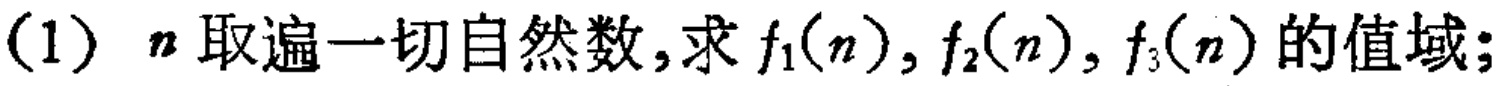
(1) \(n\)取遍一切自然数,求 \(f_{1}(n),f_{2}(n),f_{3}(n)\)的值域;